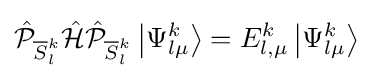
{\hat {\mathcal {P}}}_{{\overline {S}}_{l}^{k}}{\hat {\mathcal {H}}}{\hat {\mathcal {P}}}_{{\overline {S}}_{l}^{k}}\left|\Psi _{l\mu }^{k}\right\rangle =E_{l,\mu }^{k}\left|\Psi _{l\mu }^{k}\right\rangle